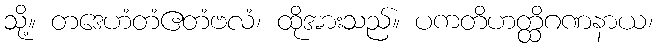
သို့။ တဒေဟံတံဧတံဗလံ၊ ထိုအားသည်။ ပကတိဟတ္ထိဂဏနာယ၊